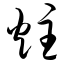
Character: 炷